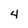
Character: 4